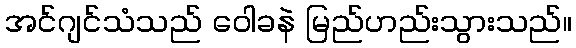
အင်ဂျင်သံသည် ဝေါခနဲ မြည်ဟည်းသွားသည်။